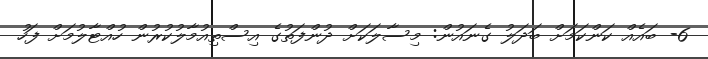
6- ބައެއް ކަންކަމަށް ބަދަލު ގެނައުން: މިސާލަކަށް ދުންފަތުގެ އިސްތިއުމާލުކުރުން ހުއްޓާލުމަށް ފަހު